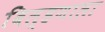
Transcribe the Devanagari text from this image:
बिल्हणाला